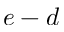
e - d